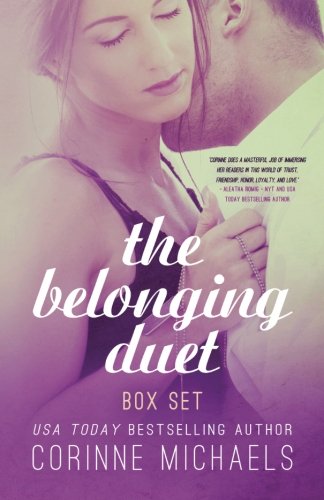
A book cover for The Belonging Duet; Corinne Michaels; Romance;